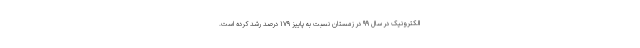
الکترونیک در سال ۹۹ در زمستان نسبت به پاییز ۱۷۹ درصد رشد کرده است.